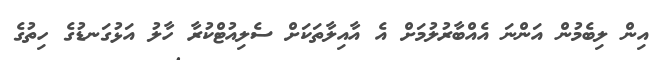
އިން ލިބެމުން އަންނަ އެއްބާރުލުމަށް އެ އާއިލާތަކަށް ސެލިއުޓްކުރާ ހާލު އަޅުގަނޑުގެ ހިތުގެ